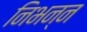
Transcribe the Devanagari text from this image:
निभन्न